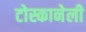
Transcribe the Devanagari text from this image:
टोस्कानेली